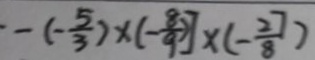
- ( 1 \frac { 5 } { 3 } ) \times ( - \frac { 8 } { 9 } ) ] \times ( - \frac { 2 7 } { 8 } )